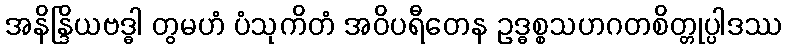
အနိန္ဒြိယဗဒ္ဓါ တွမဟံ ပံသုကိတံ အဝိပရီတေန ဥဒ္ဓစ္စသဟဂတစိတ္တုပ္ပါဒဿ